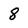
Character: 8